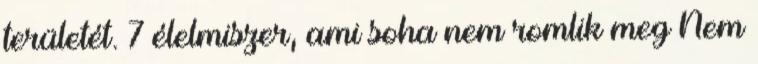
területét. 7 élelmiszer, ami soha nem romlik meg Nem